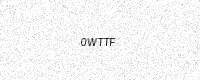
Text: 0WTTF